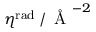
\eta ^ { \mathrm { r a d } } \, / \, \mathrm { ~ \AA ~ } ^ { - 2 }